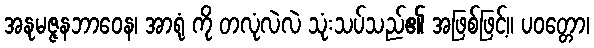
အနုမဇ္ဇနဘာဝေန၊ အာရုံ ကို တလုံလဲလဲ သုံးသပ်သည်၏ အဖြစ်ဖြင့်။ ပဝတ္တော၊